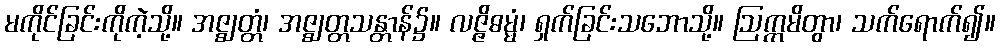
မကိုင်ခြင်းကိုကဲ့သို့။ အဇ္ဈတ္တံ၊ အဇ္ဈတ္တသန္တာန်၌။ လဇ္ဇိဓမ္မံ၊ ရှက်ခြင်းသဘောသို့။ ဩက္ကမိတွာ၊ သက်ရောက်၍။